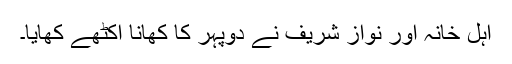
اہل خانہ اور نواز شریف نے دوپہر کا کھانا اکٹھے کھایا۔